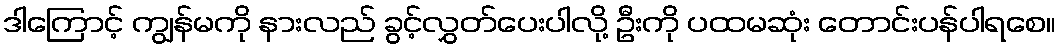
ဒါကြောင့် ကျွန်မကို နားလည် ခွင့်လွှတ်ပေးပါလို့ ဦးကို ပထမဆုံး တောင်းပန်ပါရစေ။